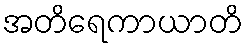
အတိရေကာယာတိ